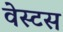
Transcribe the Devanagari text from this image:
वेस्टस